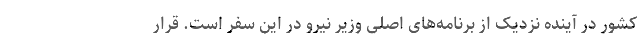
کشور در آینده نزدیک از برنامه‌های اصلی وزیر نیرو در این سفر است. قرار